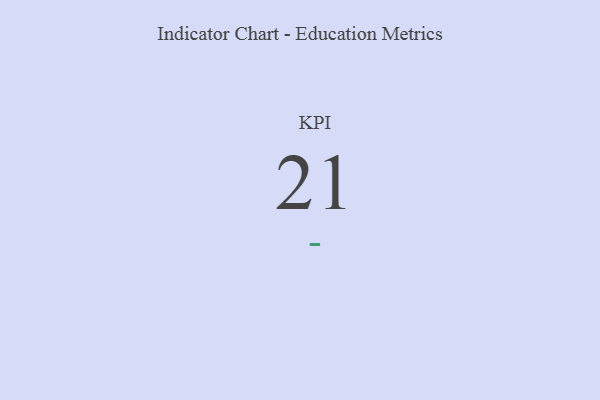
{"axis": {"x": "KPI", "y": "Value"}, "legend": [""], "data": [{"x": "KPI", "y": 21, "type": ""}]}